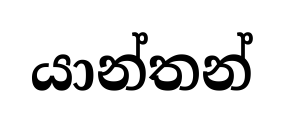
යාන්තන්